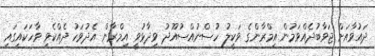
ދައުވާއަށް ޖަވާބުދެއްވަމުން އިމްރާންގެ ވަކީލު ހުސްނުއްސުއޫދު ވިދާޅުވީ އިމްރާން އެދުވަހު ދެއްކެވި ވާހަކައިގައި